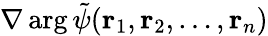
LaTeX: \nabla\arg\tilde{\psi}(\mathbf{r}_{1},\mathbf{r}_{2},\ldots,\mathbf{r}_{n})